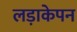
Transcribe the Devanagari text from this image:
लड़ाकेपन